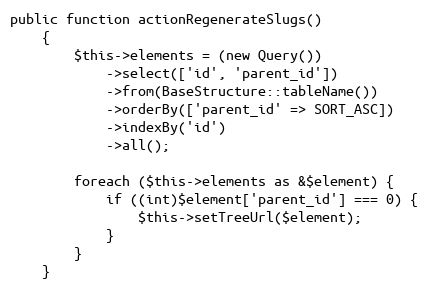
Language: PHP
public function actionRegenerateSlugs()
    {
        $this->elements = (new Query())
            ->select(['id', 'parent_id'])
            ->from(BaseStructure::tableName())
            ->orderBy(['parent_id' => SORT_ASC])
            ->indexBy('id')
            ->all();

        foreach ($this->elements as &$element) {
            if ((int)$element['parent_id'] === 0) {
                $this->setTreeUrl($element);
            }
        }
    }